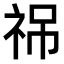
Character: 𥙙